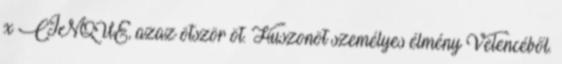
x CINQUE, azaz ötször öt. Huszonöt személyes élmény Velencéből.